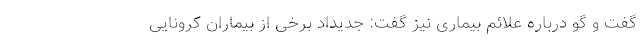
گفت و گو درباره علائم بیماری نیز گفت: جدیداد برخی از بیماران کرونایی